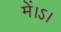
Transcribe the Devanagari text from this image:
में।ऽ।